Scottish Education Department, 1929
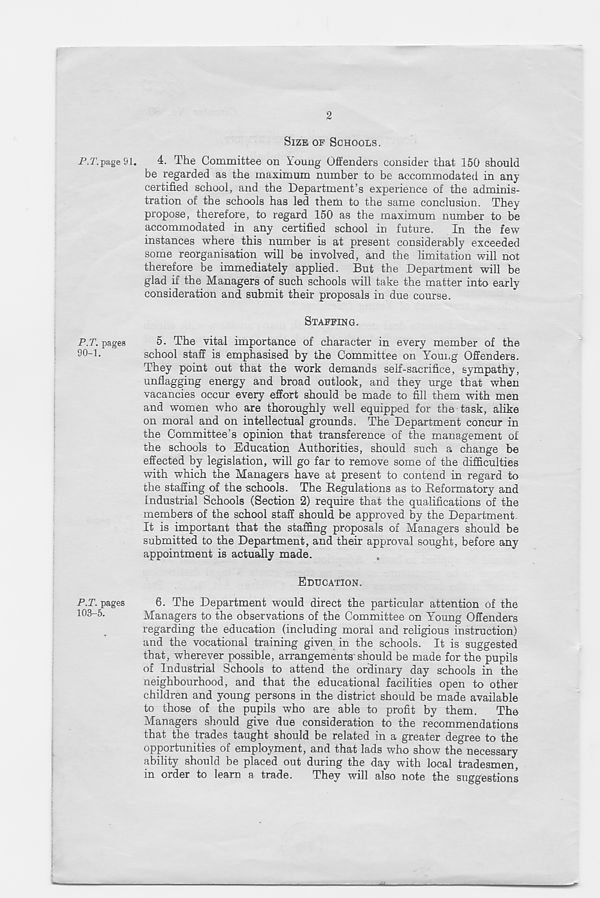
2
SIZE OF SCHOOLS.
P.T. page 91.
4. The Committee on Young Offenders consider that 150 should
be regarded as the maximum number to be accommodated in any
certified school, and the Department’s experience of the adminis-
tration of the schools has led them to the same conclusion. They
propose, therefore, to regard 150 as the maximum number to be
accommodated in any certified school in future. In the few
instances where this number is at present considerably exceeded
some reorganisation will be involved, and the limitation will not
therefore be immediately applied. But the Department will be
glad if the Managers of such schools will take the matter into early
consideration and submit their proposals in due course.
STAFFING.
P.T. pages
5. The vital importance of character in every member of the
90-1.
school staff is emphasised by the Committee on Young Offenders.
They point out that the work demands self-sacrifice, sympathy,
unflagging energy and broad outlook, and they urge that when
vacancies occur every effort should be made to fill them with men
and women who are thoroughly well equipped for the task, alike
on moral and on intellectual grounds. The Department concur in
the Committee’s opinion that transference of the management of
the schools to Education Authorities, should such a change be
effected by legislation, will go far to remove some of the difficulties
with which the Managers have at present to contend in regard to
the staffing of the schools. The Regulations as to Reformatory and
Industrial Schools (Section 2) require that the qualifications of the
members of the school staff should be approved by the Department.
It is important that the staffing proposals of Managers should be
submitted to the Department, and their approval sought, before any
appointment is actually made.
EDUCATION.
P.T. pages
6. The Department would direct the particular attention of the
103-5.
Managers to the observations of the Committee on Y'oung Offenders
regarding the education (including moral and religious instruction)
and the vocational training given in the schools. It is suggested
that, wherever possible, arrangements should be made for the pupils
of Industrial Schools to attend the ordinary day schools in the
neighbourhood, and that the educational facilities open to other
children and young persons in the district should be made available
to those of the pupils who are able to profit by them.
The
Managers should give due consideration to the recommendations
that the trades taught should be related in a greater degree to the
opportunities of employment, and that lads who show the necessary
ability should be placed out during the day with local tradesmen,
in order to learn a trade.
They will also note the suggestions